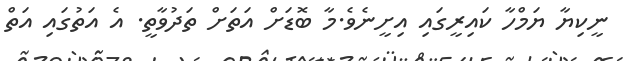
ނީކިޔާ ޔަމްހާ ކައިރީގައި އިށީނެވެ.މާ ބޮޑަށް އަތަށް ތަދުވާތީ. އެ އަތުގައި އަތް